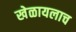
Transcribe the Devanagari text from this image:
खेळायलाच